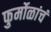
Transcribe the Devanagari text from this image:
फुर्मोळांचं